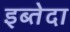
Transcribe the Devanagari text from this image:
इब्तेदा